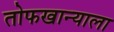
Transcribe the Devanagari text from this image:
तोफखान्याला